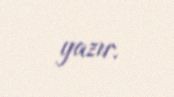
yazır.